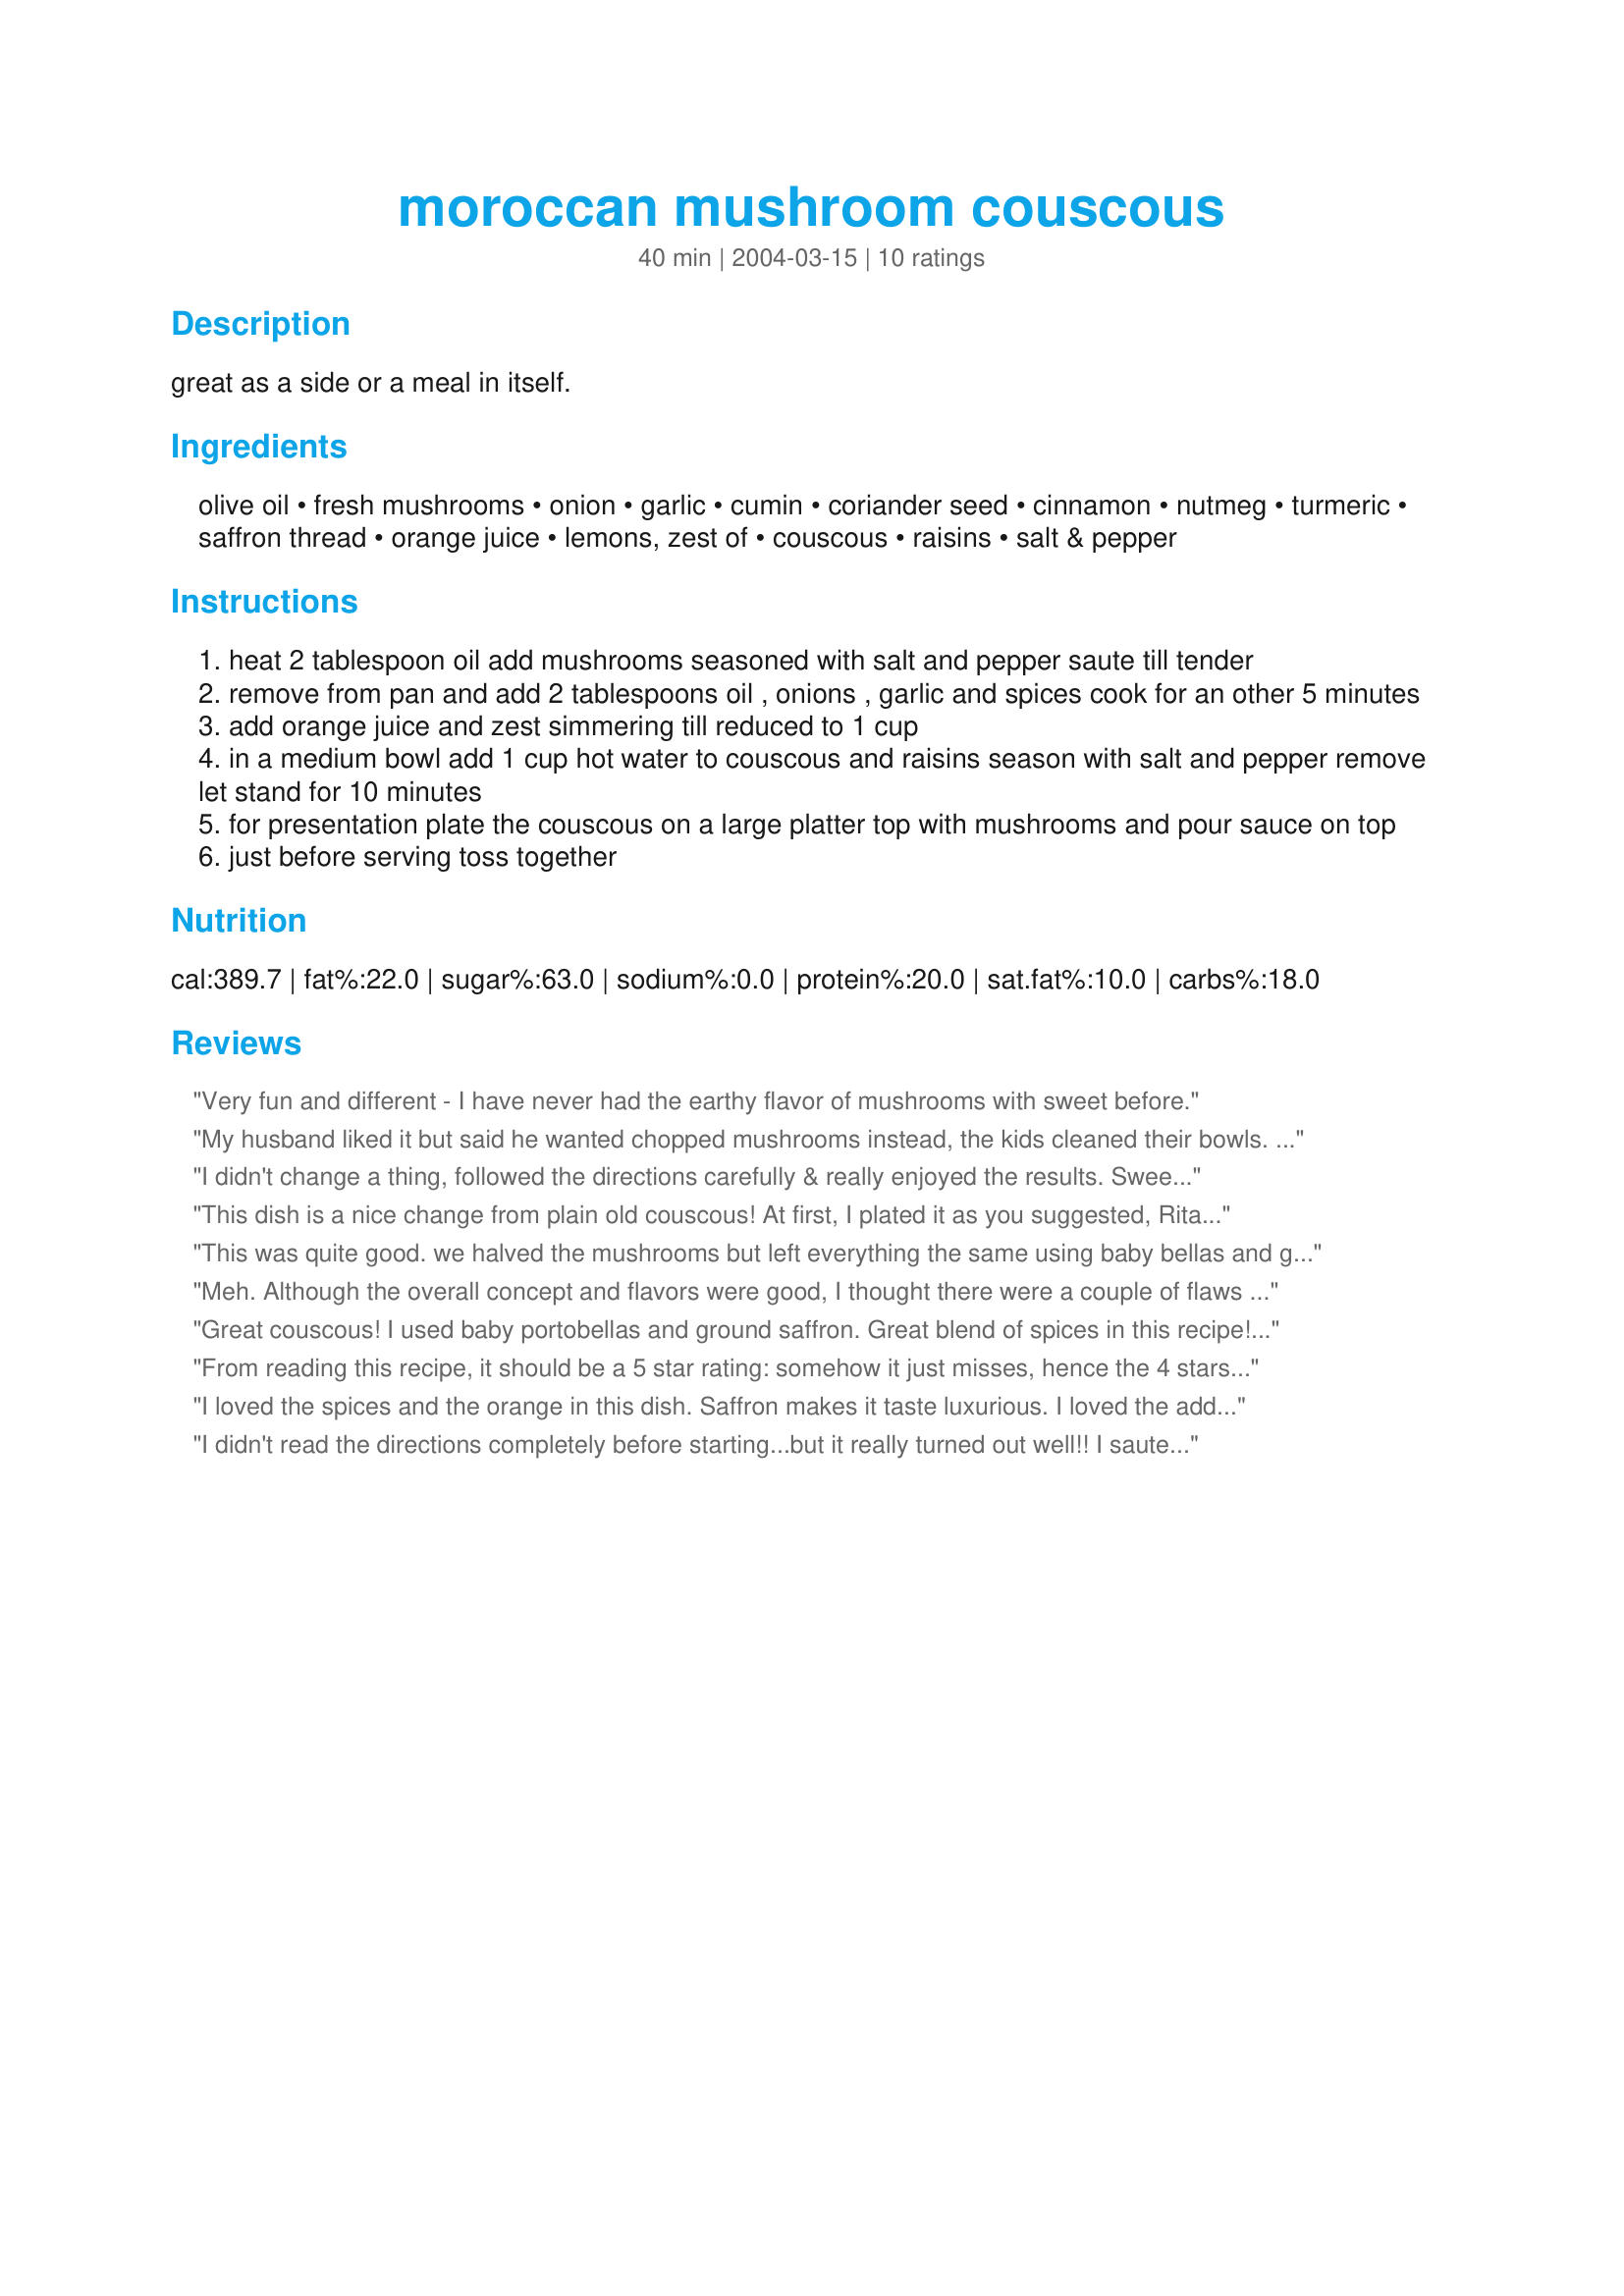
moroccan mushroom couscous
Preparation time: 40 minutes

great as a side or a meal in itself.

Ingredients:
olive oil, fresh mushrooms, onion, garlic, cumin, coriander seed, cinnamon, nutmeg, turmeric, saffron thread, orange juice, lemons, zest of, couscous, raisins, salt & pepper

Steps:
heat 2 tablespoon oil add mushrooms seasoned with salt and pepper saute till tender
remove from pan and add 2 tablespoons oil , onions , garlic and spices cook for an other 5 minutes
add orange juice and zest simmering till reduced to 1 cup
in a medium bowl add 1 cup hot water to couscous and raisins season with salt and pepper remove let stand for 10 minutes
for presentation plate the couscous on a large platter top with mushrooms and pour sauce on top
just before serving toss together

Reviews:
Very fun and different - I have never had the earthy flavor of mushrooms with sweet before.
My husband liked it but said he wanted chopped mushrooms instead, the kids cleaned their bowls. We will make this again and tweak it with the mushrooms and see how it turns out. It was a very easy dish and made our vegetarian night lots of fun b/c everyone got to add in their spice :) Thanks for posting.
I didn't change a thing, followed the directions carefully & really enjoyed the results.
Sweet, different & delicious.
This dish is a nice change from plain old couscous! At first, I plated it as you suggested, Rita, but my platter was too small. So I decided to toss it all together in a bowl to combine the sauce and mushrooms throughout all the couscous. I did find that I liked the flavor of this dish better after it sat for a bit, and the flavors combined.
This was quite good. we halved the mushrooms but left everything the same using baby bellas and glad we did cause there were still a ton of mushrooms. I liked this thanks for posting
Meh. Although the overall concept and flavors were good, I thought there were a couple of flaws that made it less than it could have been. I didn't enjoy it as much as some other Moroccan couscous recipes.

We did not use saffron, and I'm glad, because there were so many spices and the orange flavor was so strong, that even saffron would have been drowned out a bit, and that is one expensive spice to drown out. Other than that, we did everything according to the instructions.

I feel that this recipe has a couple of things that are not clear- for example, do we chop the garlic or put the clove in like so? What kind of pepper should we use- black pepper or red?

I also think it would have been good to saute the onions and garlic before adding mushrooms. I usually do that and was wondering why not here- next time I will.

I also thought twice about adding the sauce to the dish for serving because it seemed like it would make the couscous too gooey. But I followed the recipe, and unfortunately, to my taste it was too wet.

Finally, I think that orange zest added in without the orange juice would have been better. The orange juice was just so strong.
Great couscous! I used baby portobellas and ground saffron. Great blend of spices in this recipe! Thanks Rita!
From reading this recipe, it should be a 5 star rating: somehow it just misses, hence the 4 stars. I've made it twice now, both times using the exact ingredients specified (which is unusual for me as I usually tinker!). The second time I followed Kozmic Blue's advice by allowing extra time for the flavours to combine and agree with her that the dish tastes better made that way. It still didn't quite hit that 5 though and I wonder if mushrooms are a bit too strong for the other ingredients. Next time (yes, its worth a next time) I'm thinking of trying aubergines (eggplant) instead.
I loved the spices and the orange in this dish. Saffron makes it taste luxurious. I loved the additon of crushed coriander seeds instead of ground coriander. I decided to simmer the mushrooms in the orange juice before adding it to the couscous. I had this as a warm main dish in the evening and cold as a salad the next day. It is lovely cold too. I also liked that the onion was sliced and not chopped. I enjoyed this couscous, the flavours are complex and well balanced and the leftovers are lovely eaten cold. That makes it a 5 star recipe in my view.
I didn't read the directions completely before starting...but it really turned out well!!
I sauted the mushrooms, onions and spices together..gave the mushrooms quite a chance to absorb the flavors!
I didn't have any saffron and I used lemon zest. Very tastey!! Served it with Moroccan grilled chicken but you are right I personally think the dish could stand on it's own! (DH has to have MEAT) lol
Thank you Rita.
